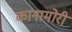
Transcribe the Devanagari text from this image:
कानामोरी